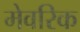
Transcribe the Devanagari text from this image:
मेवरिक